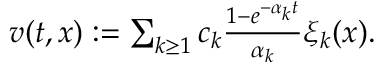
\begin{array} { r } { v ( t , x ) : = \sum _ { k \geq 1 } c _ { k } \frac { 1 - e ^ { - \alpha _ { k } t } } { \alpha _ { k } } \xi _ { k } ( x ) . } \end{array}